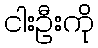
ငါးဦးကို